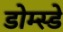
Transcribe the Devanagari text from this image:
डोम्स्डे